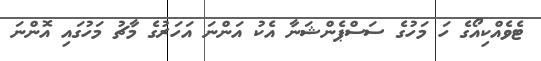
ޓެވެއްކިއޯގެ ހަ މަހުގެ ސަސްޕެންޝަނާ އެކު އަންނަ އަހަރުގެ މާޗު މަހުގައި އޮންނަ